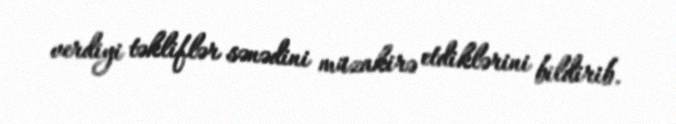
verdiyi təkliflər sənədini müzakirə etdiklərini bildirib.